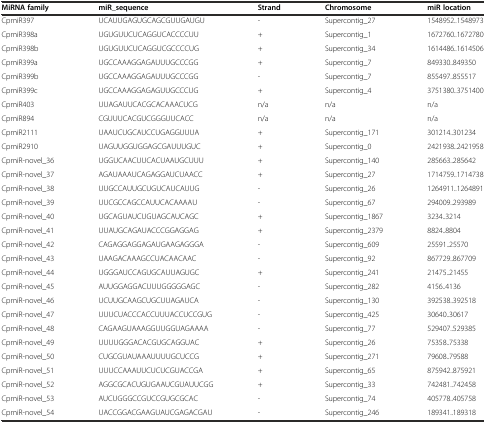
<table><thead><tr><td><b>MiRNA family</b></td><td><b>miR_sequence</b></td><td><b>Strand</b></td><td><b>Chromosome</b></td><td><b>miR location</b></td></tr></thead><tbody><tr><td>CpmiR397</td><td>UCAUUGAGUGCAGCGUUGAUGU</td><td>-</td><td>Supercontig_27</td><td>1548952..1548973</td></tr><tr><td>CpmiR398a</td><td>UGUGUUCUCAGGUCACCCCUU</td><td>+</td><td>Supercontig_1</td><td>1672760..1672780</td></tr><tr><td>CpmiR398b</td><td>UGUGUUCUCAGGUCGCCCCUG</td><td>+</td><td>Supercontig_34</td><td>1614486..1614506</td></tr><tr><td>CpmiR399a</td><td>UGCCAAAGGAGAUUUGCCCGG</td><td>+</td><td>Supercontig_7</td><td>849330..849350</td></tr><tr><td>CpmiR399b</td><td>UGCCAAAGGAGAUUUGCCCGG</td><td>-</td><td>Supercontig_7</td><td>855497..855517</td></tr><tr><td>CpmiR399c</td><td>UGCCAAAGGAGAGUUGCCCUG</td><td>+</td><td>Supercontig_4</td><td>3751380..3751400</td></tr><tr><td>CpmiR403</td><td>UUAGAUUCACGCACAAACUCG</td><td>n/a</td><td>n/a</td><td>n/a</td></tr><tr><td>CpmiR894</td><td>CGUUUCACGUCGGGUUCACC</td><td>n/a</td><td>n/a</td><td>n/a</td></tr><tr><td>CpmiR2111</td><td>UAAUCUGCAUCCUGAGGUUUA</td><td>+</td><td>Supercontig_171</td><td>301214..301234</td></tr><tr><td>CpmiR2910</td><td>UAGUUGGUGGAGCGAUUUGUC</td><td>+</td><td>Supercontig_0</td><td>2421938..2421958</td></tr><tr><td>CpmiR-novel_36</td><td>UGGUCAACUUCACUAAUGCUUU</td><td>+</td><td>Supercontig_140</td><td>285663..285642</td></tr><tr><td>CpmiR-novel_37</td><td>AGAUAAAUCAGAGGAUCUAACC</td><td>+</td><td>Supercontig_27</td><td>1714759..1714738</td></tr><tr><td>CpmiR-novel_38</td><td>UUGCCAUUGCUGUCAUCAUUG</td><td>-</td><td>Supercontig_26</td><td>1264911..1264891</td></tr><tr><td>CpmiR-novel_39</td><td>UUCGCCAGCCAUUCACAAAAU</td><td>-</td><td>Supercontig_67</td><td>294009..293989</td></tr><tr><td>CpmiR-novel_40</td><td>UGCAGUAUCUGUAGCAUCAGC</td><td>+</td><td>Supercontig_1867</td><td>3234..3214</td></tr><tr><td>CpmiR-novel_41</td><td>UUAUGCAGAUACCCGGAGGAG</td><td>+</td><td>Supercontig_2379</td><td>8824..8804</td></tr><tr><td>CpmiR-novel_42</td><td>CAGAGGAGGAGAUGAAGAGGGA</td><td>-</td><td>Supercontig_609</td><td>25591..25570</td></tr><tr><td>CpmiR-novel_43</td><td>UAAGACAAAGCCUACAACAAC</td><td>-</td><td>Supercontig_92</td><td>867729..867709</td></tr><tr><td>CpmiR-novel_44</td><td>UGGGAUCCAGUGCAUUAGUGC</td><td>+</td><td>Supercontig_241</td><td>21475..21455</td></tr><tr><td>CpmiR-novel_45</td><td>AUUGGAGGACUUUGGGGGAGC</td><td>-</td><td>Supercontig_282</td><td>4156..4136</td></tr><tr><td>CpmiR-novel_46</td><td>UCUUGCAAGCUGCUUAGAUCA</td><td>-</td><td>Supercontig_130</td><td>392538..392518</td></tr><tr><td>CpmiR-novel_47</td><td>UUUCUACCCACCUUUACCUCCGUG</td><td>-</td><td>Supercontig_425</td><td>30640..30617</td></tr><tr><td>CpmiR-novel_48</td><td>CAGAAGUAAAGGUUGGUAGAAAA</td><td>-</td><td>Supercontig_77</td><td>529407..529385</td></tr><tr><td>CpmiR-novel_49</td><td>UUUUGGGACACGUGCAGGUAC</td><td>+</td><td>Supercontig_26</td><td>75358..75338</td></tr><tr><td>CpmiR-novel_50</td><td>CUGCGUAUAAAUUUUGCUCCG</td><td>+</td><td>Supercontig_271</td><td>79608..79588</td></tr><tr><td>CpmiR-novel_51</td><td>UUUCCAAAUUCUCUCGUACCGA</td><td>+</td><td>Supercontig_65</td><td>875942..875921</td></tr><tr><td>CpmiR-novel_52</td><td>AGGCGCACUGUGAAUCGUAUUCGG</td><td>+</td><td>Supercontig_33</td><td>742481..742458</td></tr><tr><td>CpmiR-novel_53</td><td>AUCUGGGCCGUCCGUGCGCAC</td><td>-</td><td>Supercontig_74</td><td>405778..405758</td></tr><tr><td>CpmiR-novel_54</td><td>UACCGGACGAAGUAUCGAGACGAU</td><td>-</td><td>Supercontig_246</td><td>189341..189318</td></tr></tbody></table>